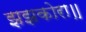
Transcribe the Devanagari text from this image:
झझकोरा॥